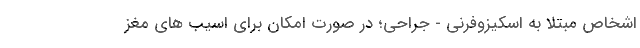
اشخاص مبتلا به اسکیزوفرنی - جراحی؛ در صورت امکان برای اسیب های مغز